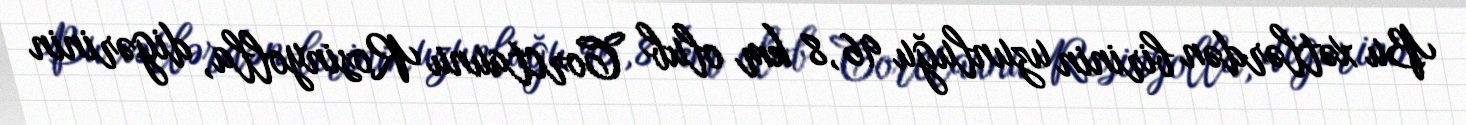
Bu xətlərdən birinin uzunluğu 96,8 km olub Corctaunu Rosinyolla, digərinin